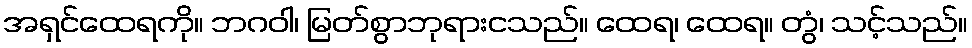
အရှင်ထေရကို။ ဘဂဝါ၊ မြတ်စွာဘုရားငသည်။ ထေရ၊ ထေရ။ တွံ၊ သင့်သည်။